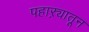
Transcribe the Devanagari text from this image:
पहाऱ्यातून